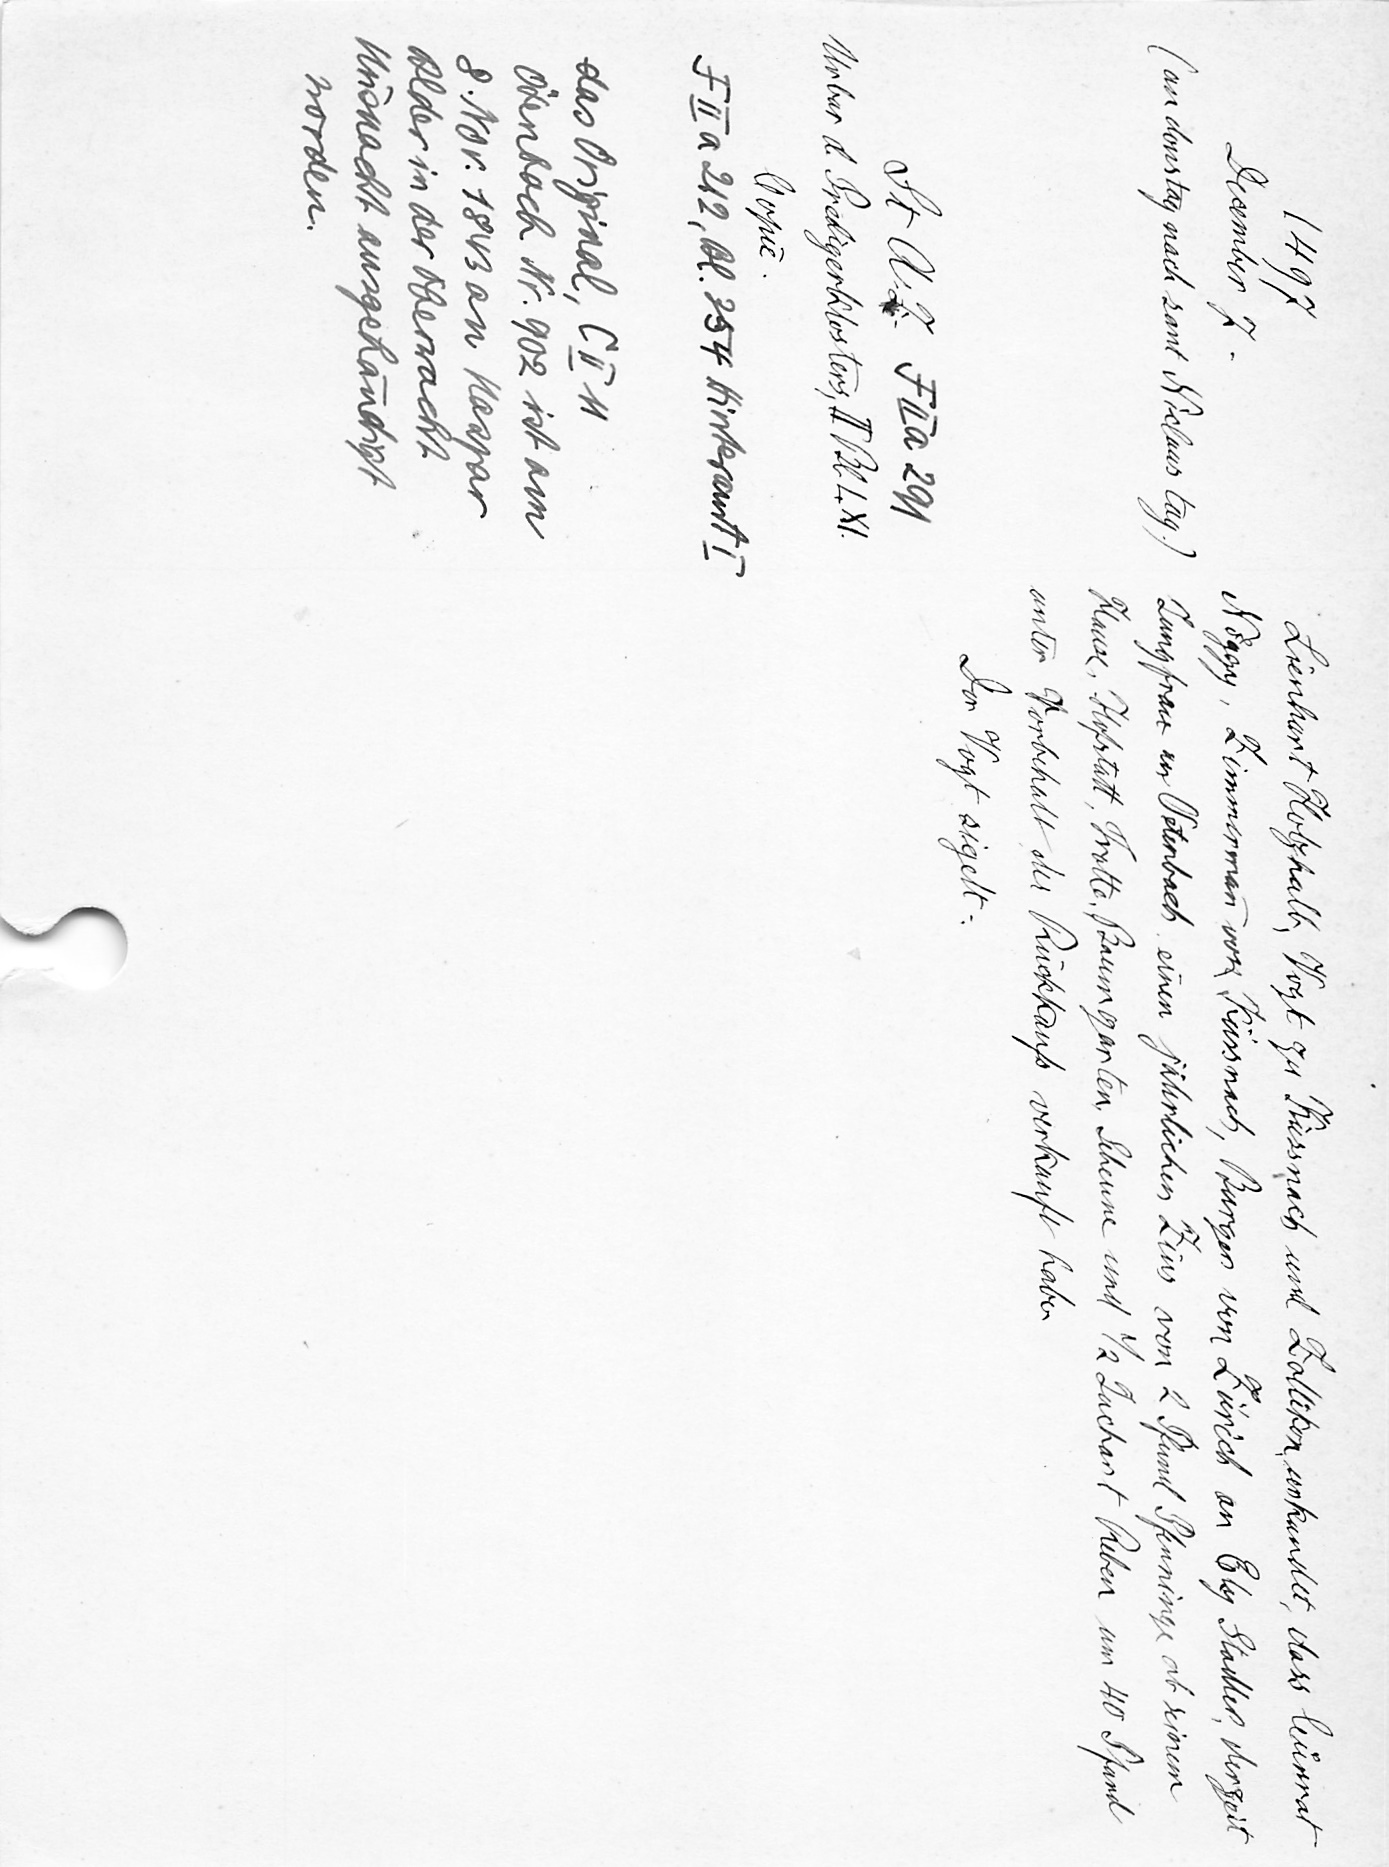
Lienhart Holzhalb, Vogt zu Küssnach und Zollikon, urkundet, dass Cuͦnrat
Nöggy, Zimmermann von Küssnach, Burger von Zürich an Ely Stadler, derzeit
Jungfrau an Oetenbach einen jährlichen Zins von 2 Pfund Pfenninge ab seinem
Hause, Hofstatt, Trotte, Baumgarten, Scheune und 1/2 Juchart Reben um 40 Pfund
unter Vorbehalt des Rückkaufs verkauft habe.
Der Vogt sigelt.

1497
December 7.
(an donstag nach sant Niclaus tag.)
St. A. Z. F II a 291
Urbar d. Predigerklosters, II Bl. LXI.
Copie.
F II a 212, Bl. 354 Hinteramt I
das Original, C II 11
Ötenbach Nr. 902 ist am
8. Nov. 1843 an Kaspar
Alder in der Oberwacht
Küsnacht ausgehändigt
worden.